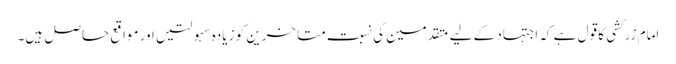
امام زرکشی کا قول ہے کہ اجتہاد کے لیے متقدمین کی نسبت متاخرین کو زیادہ سہولتیں اور مواقع حاصل ہیں۔